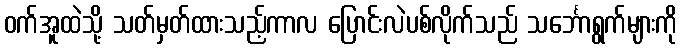
ဝက်အူထဲသို့ သတ်မှတ်ထားသည့်ကာလ ပြောင်းလဲပစ်လိုက်သည် သင်္ဘောရွက်များကို